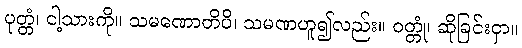
ပုတ္တံ၊ ငါ့သားကို။ သမဏောတိပိ၊ သမဏဟူ၍လည်း။ ဝတ္တုံ၊ ဆိုခြင်းငှာ။